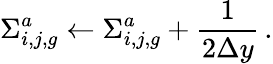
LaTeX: \Sigma_{i,j,g}^{a}\leftarrow\Sigma_{i,j,g}^{a}+\frac{1}{2\Delta y}\, .